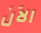
الآن